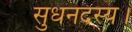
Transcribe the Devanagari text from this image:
सुधनदस्य।